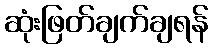
ဆုံးဖြတ်ချက်ချရန်